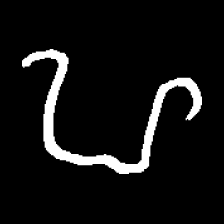
Pyu character \u2014 Myanmar letter: ဟ (romanized: ha)